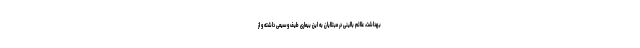
بهداشت، علائم بالینی در مبتلایان به این بیماری طیف وسیعی داشته و از